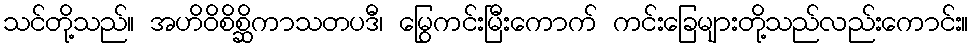
သင်တို့သည်။ အဟိဝိစိစ္ဆိကာသတပဒီ၊ မြွေကင်းမြီးကောက် ကင်းခြေများတို့သည်လည်းကောင်း။